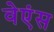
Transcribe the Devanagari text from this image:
वेएंस